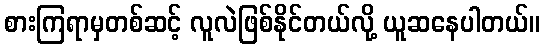
စားကြရာမှတစ်ဆင့် လူလဲဖြစ်နိုင်တယ်လို့ ယူဆနေပါတယ်။